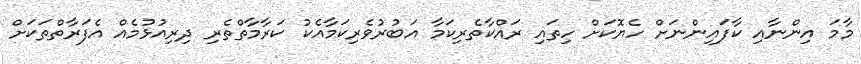
މާމަ އިންނާއި ކާފައިންނަށް ހެޔޮކަށް ހިތައި ރައްކާތެރިކަމާ އަބުރުވެރިކަމާއެކު ކަރާމާތްތެރި ދިރިއުޅުމެއް އެފަރާތްތަކަށް